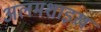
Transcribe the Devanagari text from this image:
अलमशाइख़